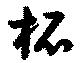
柘